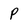
Character: p